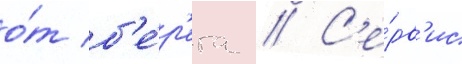
о́т б'е́р'ега // С'е́рв'ис